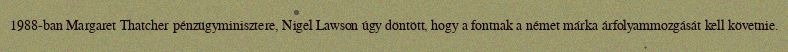
1988-ban Margaret Thatcher pénzügyminisztere, Nigel Lawson úgy döntött, hogy a fontnak a német márka árfolyammozgását kell követnie.